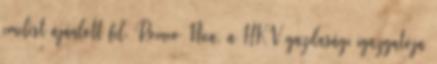
emelést ajánlott fel. Romeo Nica, a HKV gazdasági igazgatója